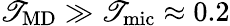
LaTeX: \mathscr{T}_{\mathrm{{MD}}}\gg\mathscr{T}_{\mathrm{{mic}}}\approx0.2